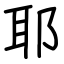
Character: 耶